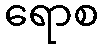
ရောစ